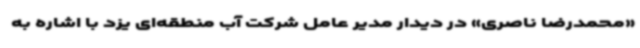
«محمدرضا ناصری» در دیدار مدیر عامل شرکت آب منطقه‌ای یزد با اشاره به